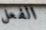
الفعل